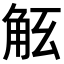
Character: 𧣎